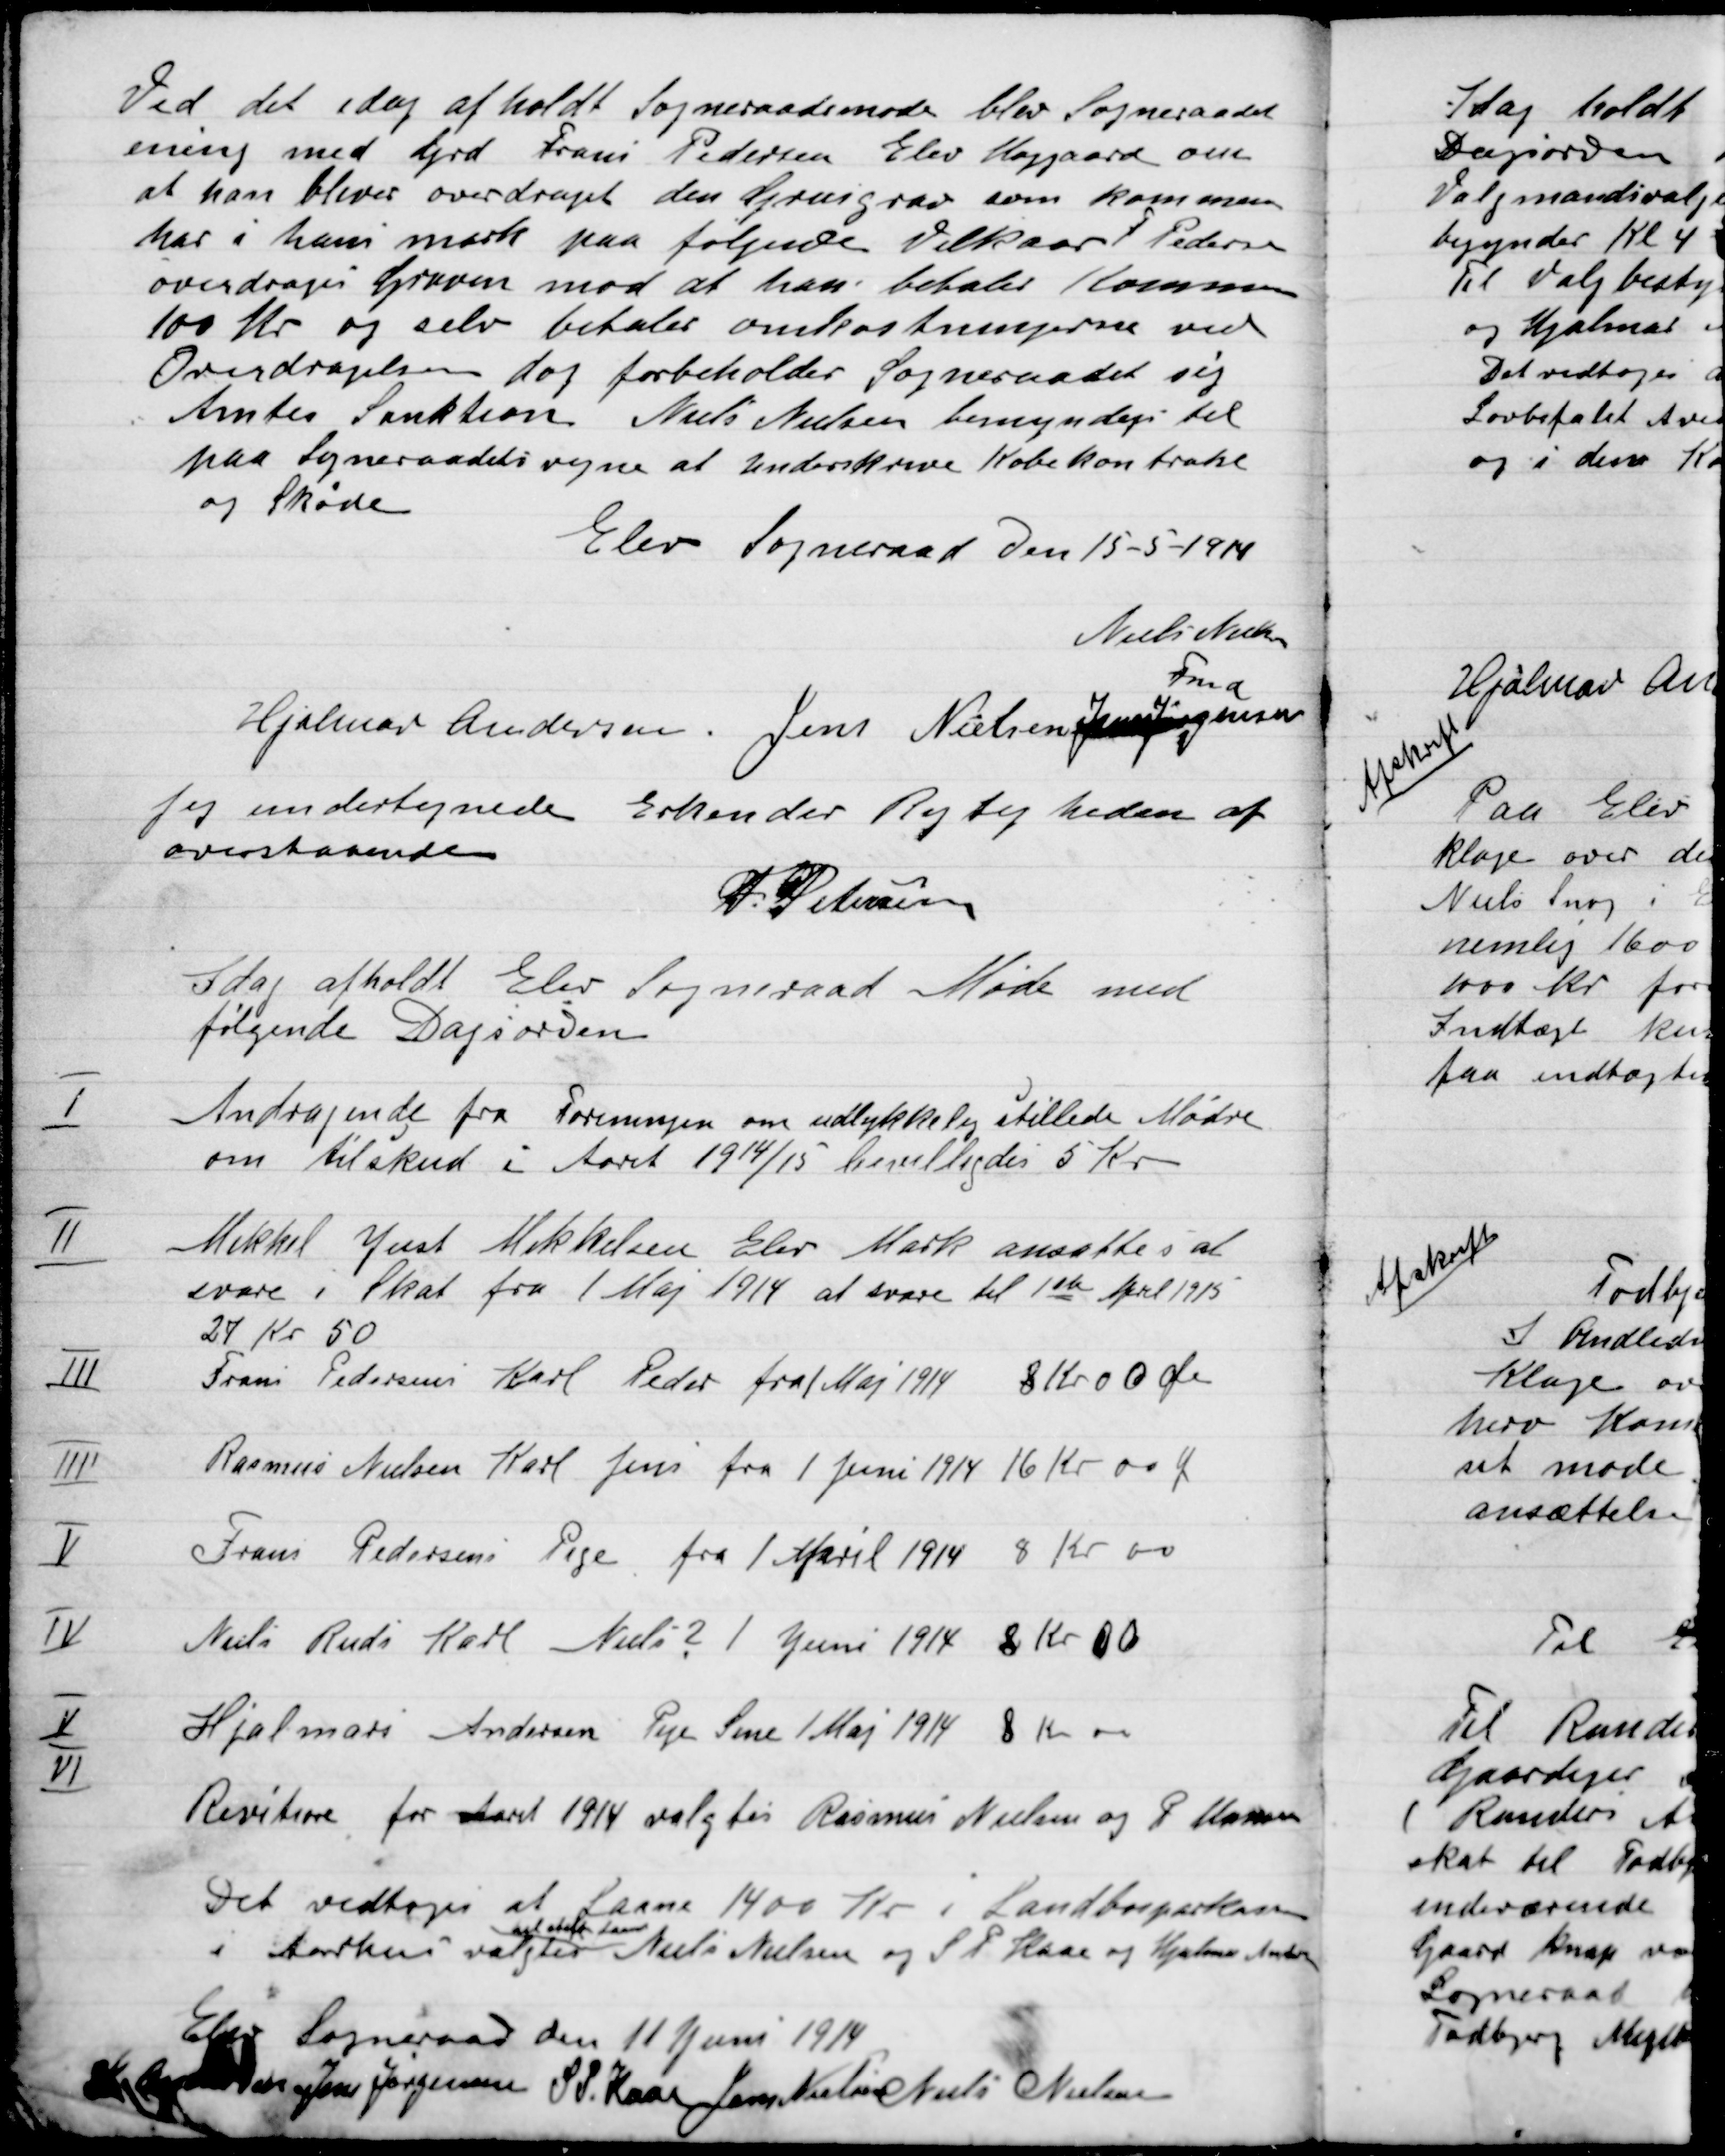
Transskription:
Ved det i dag afholdt Sogneraadsmøde blev Sogneraadet
enig med Gdr. Frands Pedersen Elev Højgaard om
at han bliver overdraget den Grusgrav som kommunen
har i hans mark paa følgende Vilkaar F. Pedersen
overdrages Graven mod at han betaler Kommunen
100 Kr. og selv betaler omkostningerne ved
Overdragelsen dog forbeholder Sogneraadet sig
Amtet Sanktion Niels Nielsen bemyndige til
paa Sogneraades vegne at Underskrive Købekontrakten
og Skøde,

Elev Sogneraad Den 15-5-1914

Niels Nielsen
Fmd.
Hjalmar Andersen
Jens Nielsen
Jens Jørgensen

Jeg undertegnede Erkender Rigtigheden af
ovenstaaende.
S.P. Nielsen

I dag holdt Elev Sogneraad Møde med
følgende Dagsorden.

I

Andragende fra Foreningen om ulykkelige stillede Mødre
om tilskud i  Aaret 1914/15. Bevilligedes 5 Kr.

II

Mikkel Just Mikkelsen Elev Mark ansættes i at
svare i Skat fra 1 Maj 1914 at svare til 1ste April 1915
24 Kr. 50.

III

Frans Pedersens Karl Pedersen fra 1 Maj 1914  8 Kr. 00 Øre

IIV

Rasmus Nielsens Karl Jens 1 Juni 1914 16 Kr. 00 Ø

V

Frans Pedersens Pige fra 1 April 1914  8 Kr. 00 Øre

IV

Niels Rudi Karl Niels ? 1 Juni 1914  8 Kr. 00 Øre

V

Hjalmar Andersens Pige Sine 1 Maj 1914  8 Kr. 00 Øre

VI

Revisore for Aaret 1914 valgtes Rasmus Nielsen og P. Hansen

Det vedtoges at Laane 1400 Kr. i Landbosparekassen
I Aarhus valgtes
det Store Laan
Niels Nielsen og S.P. Kaas og Hjalmar Andersen

Elev Sogneraad den 11 Juni 1914

Hjalmar Andersen
Jens Jørgensen
S.P. Kaas
Jens Nielsen
Niels Nielsen